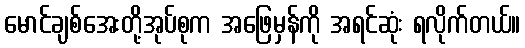
မောင်ချစ်အေးတို့အုပ်စုက အဖြေမှန်ကို အရင်ဆုံး ရလိုက်တယ်။